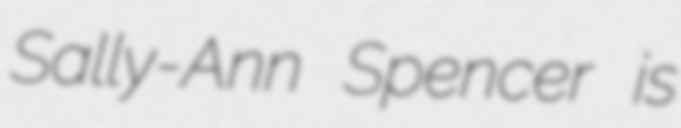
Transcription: Sally-Ann Spencer is